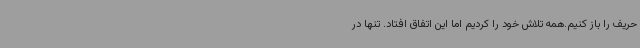
حریف را باز کنیم.همه تلاش خود را کردیم اما این اتفاق افتاد. تنها در